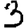
Digit: 3